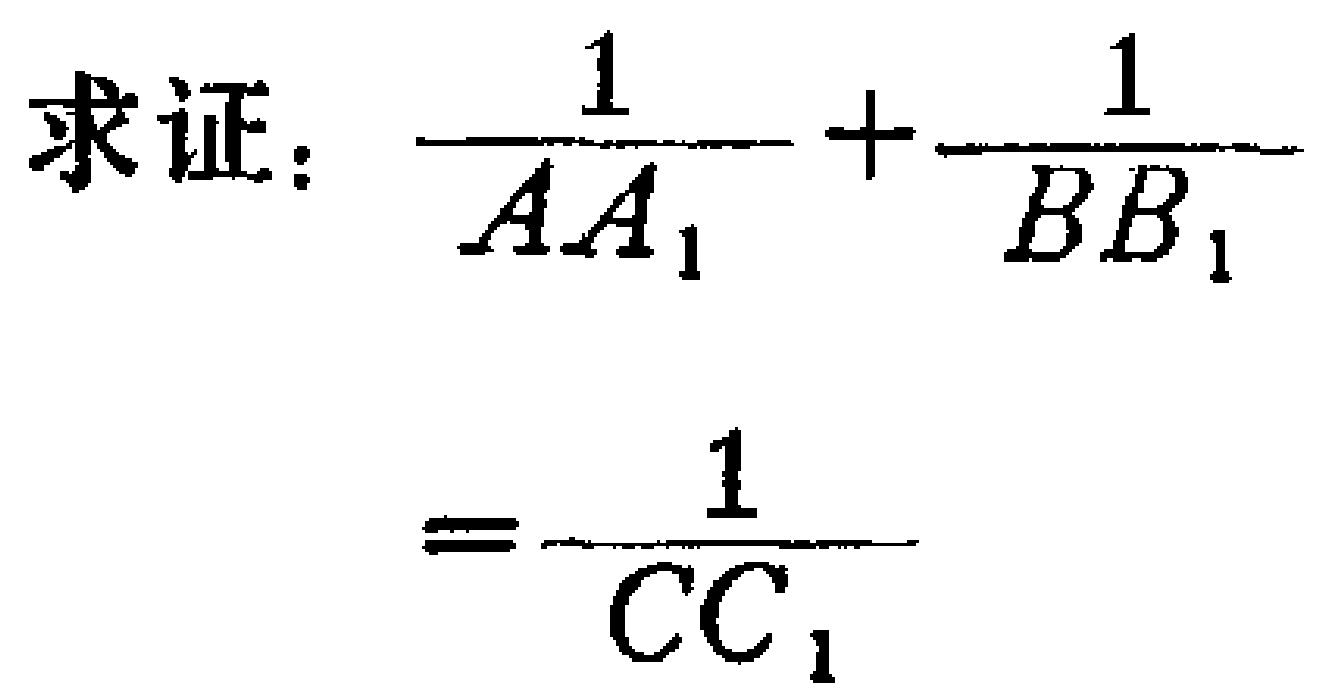
求证：\(\frac{1}{AA_{1}}+\frac{1}{BB_{1}}=\frac{1}{CC_{1}}\)